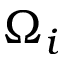
\Omega _ { i }